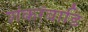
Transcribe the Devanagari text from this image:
शंकरंबाडि